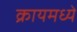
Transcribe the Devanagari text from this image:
क्रायमध्ये